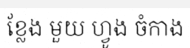
ខ្លែង មួយ ហ្វូង ចំកាង